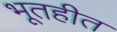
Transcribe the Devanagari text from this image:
भूतहीत